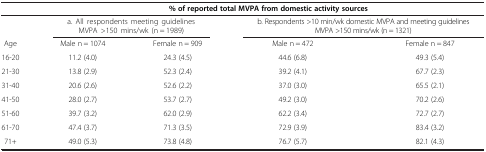
|  | <COLSPAN=4> % of reported total MVPA from domestic activity sources |
 | --- | --- | --- | --- | --- |
 |  | <COLSPAN=2> a. All respondents meeting guidelines MVPA >150 mins/wk (n = 1989) | <COLSPAN=2> b. Respondents >10 min/wk domestic MVPA and meeting guidelines MVPA >150 mins/wk (n = 1321) |
 | Age | Male n = 1074 | Female n = 909 | Male n = 472 | Female n = 847 |
 | 16-20 | 11.2 (4.0) | 24.3 (4.5) | 44.6 (6.8) | 49.3 (5.4) |
 | 21-30 | 13.8 (2.9) | 52.3 (2.4) | 39.2 (4.1) | 67.7 (2.3) |
 | 31-40 | 20.6 (2.6) | 52.6 (2.2) | 37.0 (3.0) | 65.5 (2.1) |
 | 41-50 | 28.0 (2.7) | 53.7 (2.7) | 49.2 (3.0) | 70.2 (2.6) |
 | 51-60 | 39.7 (3.2) | 62.0 (2.9) | 62.2 (3.4) | 72.7 (2.7) |
 | 61-70 | 47.4 (3.7) | 71.3 (3.5) | 72.9 (3.9) | 83.4 (3.2) |
 | 71+ | 49.0 (5.3) | 73.8 (4.8) | 76.7 (5.7) | 82.1 (4.3) |